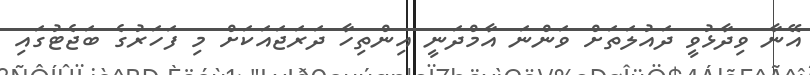
އޭނާ ވިދާޅުވީ ދައުލަތަށް ވަންނަ އާމްދަނީ އިންތިހާ ދަރަޖައަކަށް މި ފަހަރުގެ ބަޖެޓުގައި